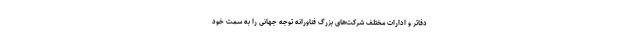
دفاتر و ادارات مختلف شرکت‌های بزرگ فناورانه توجه جهانی را به سمت خود